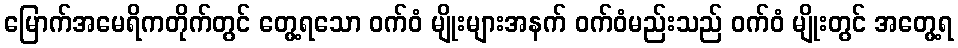
မြောက်အမေရိကတိုက်တွင် တွေ့ရသော ဝက်ဝံ မျိုးများအနက် ဝက်ဝံမည်းသည် ဝက်ဝံ မျိုးတွင် အတွေ့ရ